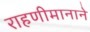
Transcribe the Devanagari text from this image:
राहणीमानाने